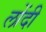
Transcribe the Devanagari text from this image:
लोंदी